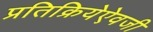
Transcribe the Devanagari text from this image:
प्रतिक्रियेऐवजी